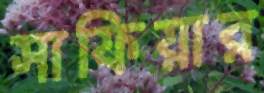
সাফিয়ার